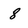
Character: 8